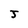
Character: J